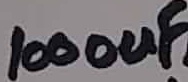
Text: 1000uF